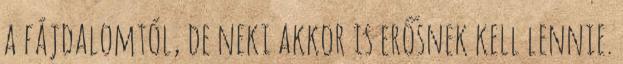
a fájdalomtól, de neki akkor is erősnek kell lennie.